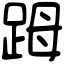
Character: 𧿹